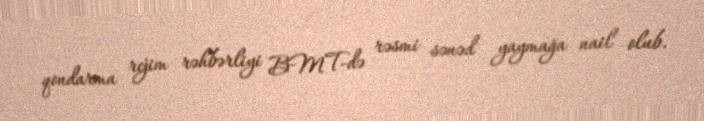
qondarma rejim rəhbərliyi BMT-də rəsmi sənəd yaymağa nail olub.